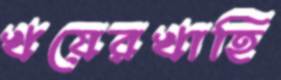
খয়েরখাহি